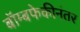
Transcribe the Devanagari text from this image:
बॉम्बफेकीनंतर